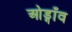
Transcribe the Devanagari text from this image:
ओड्गाँव